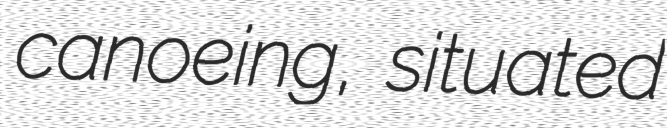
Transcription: canoeing, situated